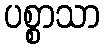
ပစ္စာသာ